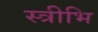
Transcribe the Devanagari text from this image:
स्त्रीभि